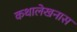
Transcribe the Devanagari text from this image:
कथालेखनास